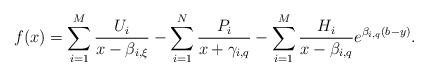
LaTeX: \begin{align*}f(x)=\sum_{i=1}^{M}\frac{U_i}{x-\beta_{i,\xi}}-\sum_{i=1}^{N}\frac{P_i}{x+\gamma_{i,q}}-\sum_{i=1}^{M}\frac{H_i}{x-\beta_{i,q}}e^{\beta_{i,q}(b-y)}.\end{align*}